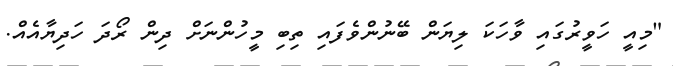
"މިއީ ހަވީރުގައި ވާހަކަ ލިޔަން ބޭނުންވެފައި ތިބި މީހުންނަށް ދިން ރޯދަ ހަދިޔާއެއް.